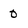
Character: 0